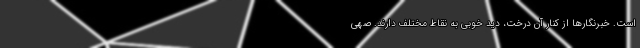
است. خبرنگارها از کنار آن درخت، دید خوبی به نقاط مختلف دارند. صهی